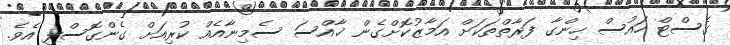
ގެސްޓް ހައުސް ހިންގާ ފަރާތްތަކަށް އަމާޒުކޮށްގެން ޚާއްސަ ސެމިނާއެއް ކުރިއަށް ގެންގޮސްފި އެވެ.